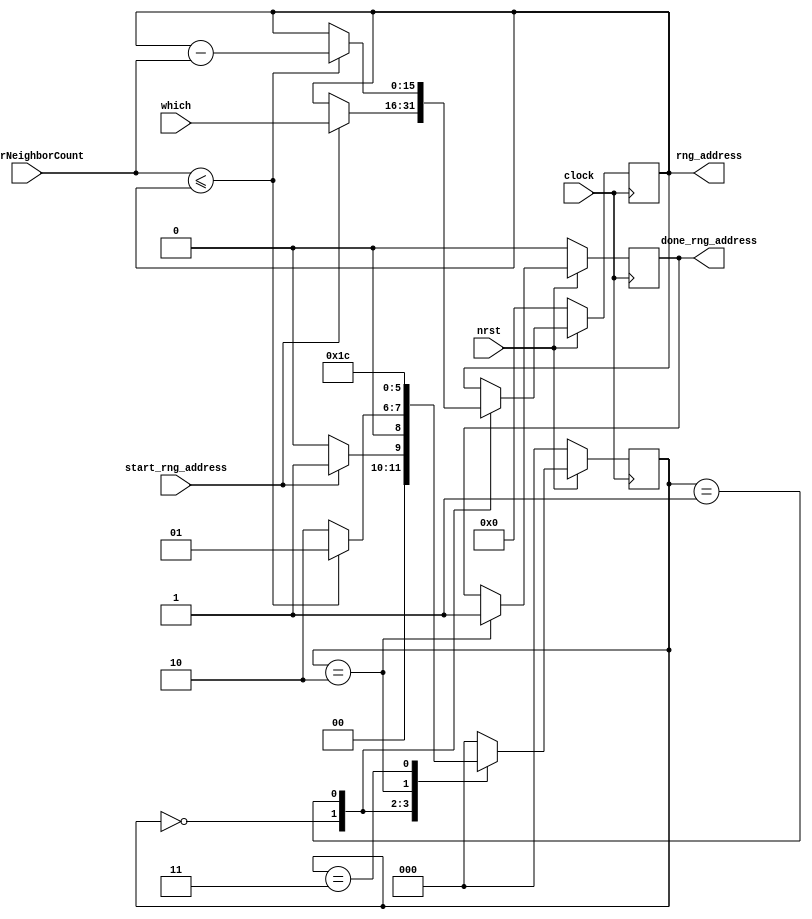
module rngAddress(clock, nrst, start_rng_address, betterNeighborCount, which, rng_address, done_rng_address);
	input clock, nrst, start_rng_address;
	input [15:0] betterNeighborCount, which;
	output [15:0] rng_address;
	output done_rng_address;

	reg [15:0] rng_address_buf;
	reg [2:0] state;
	reg done_rng_address_buf;

	always @ (posedge clock) begin  
		if (!nrst) begin
			rng_address_buf <= 0;
			state <= 0;
			done_rng_address_buf <= 0;
		end
		else begin
			case (state)
				3'd0: begin
					if (start_rng_address) begin
						state <= 1;
						rng_address_buf <= which;
					end
					else state <= 0;
				end
				3'd1: begin
					if (betterNeighborCount <= rng_address_buf) begin
						rng_address_buf <= rng_address_buf - betterNeighborCount;
						state <= 1;
					end
					else begin
						state <= 2;
					end
				end
				3'd2: begin
					done_rng_address_buf <= 1;
					state <= 3;
				end
				3'd3: state <= 4;	// Extra clock para hindi magconflict yung start rng at done rng triggers
				default: 
                    state <= 0;
			endcase
		end
	end

	assign rng_address = rng_address_buf;
	assign done_rng_address = done_rng_address_buf;
endmodule